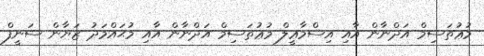
މުޢުތަސިމް އަދްނާން އާއި އިސްމާޢީލް މުޢުތަސިމް އަދްނާން އާއި މުޙައްމަދު ޒަޔާން ސަނީފް